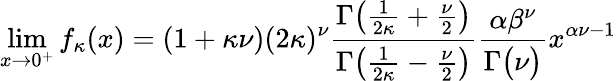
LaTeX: \operatorname*{lim}_{x\to 0^{+}}f_{\kappa}(x)=(1+\kappa\nu)(2\kappa)^{\nu}{\frac{\Gamma{\big(}{\frac{1}{2\kappa}}+{\frac{\nu}{2}}{\big)}}{\Gamma{\big(}{\frac{1}{2\kappa}}-{\frac{\nu}{2}}{\big)}}}{\frac{\alpha\beta^{\nu}}{\Gamma{\big(}\nu{\big)}}}x^{\alpha\nu-1}